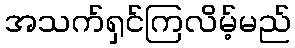
အသက်ရှင်ကြလိမ့်မည်